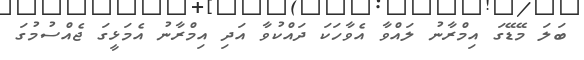
ބަލަ މޭޑޭގަ އިމްރާނު ލައްވާ އެވާހަކަ ދައްކުވާ އަދި އިމްރާނު އެމަޅީގަ ޖެއްސުމުގަ